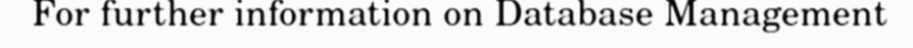
For further information on Database Management